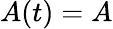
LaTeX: A(t)=A